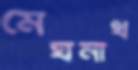
মেঘনাথ